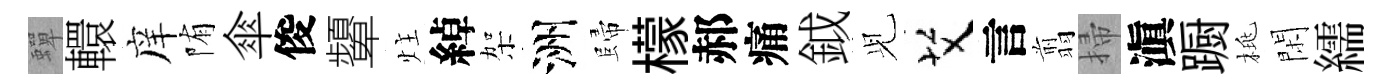
蟬轘庠陏傘俊顰炷綽架洲歸檬郝痛鉞𫤗艾言翦掃滇蹰桃閑繻